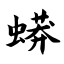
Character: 蟒